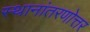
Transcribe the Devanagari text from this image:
स्थानांतरणोत्तर